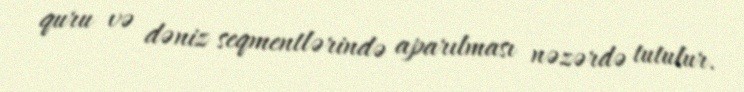
quru və dəniz seqmentlərində aparılması nəzərdə tutulur.